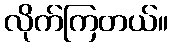
လိုက်ကြတယ်။